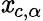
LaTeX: \mathit{x}_{c,\alpha}